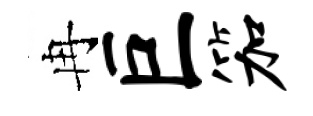
冉巨笳